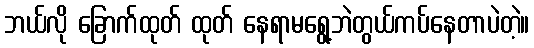
ဘယ်လို ခြောက်ထုတ် ထုတ် နေရာမရွေ့ဘဲတွယ်ကပ်နေတာပဲတဲ့။